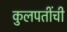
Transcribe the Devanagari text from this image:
कुलपतींची